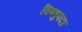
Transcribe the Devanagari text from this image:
विष्‍णुपदा